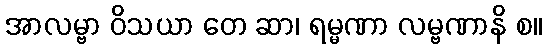
အာလမ္ဗာ ဝိသယာ တေ ဆာ၊ ရမ္မဏာ လမ္ဗဏာနိ စ။